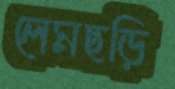
লেমছড়ি